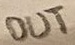
Text: OUT